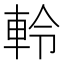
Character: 軨